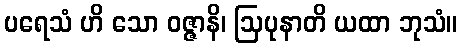
ပရေသံ ဟိ သော ဝဇ္ဇာနိ၊ ဩပုနာတိ ယထာ ဘုသံ။